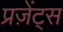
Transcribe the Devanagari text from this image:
प्रज़ेंट्स